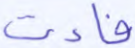
فاءت